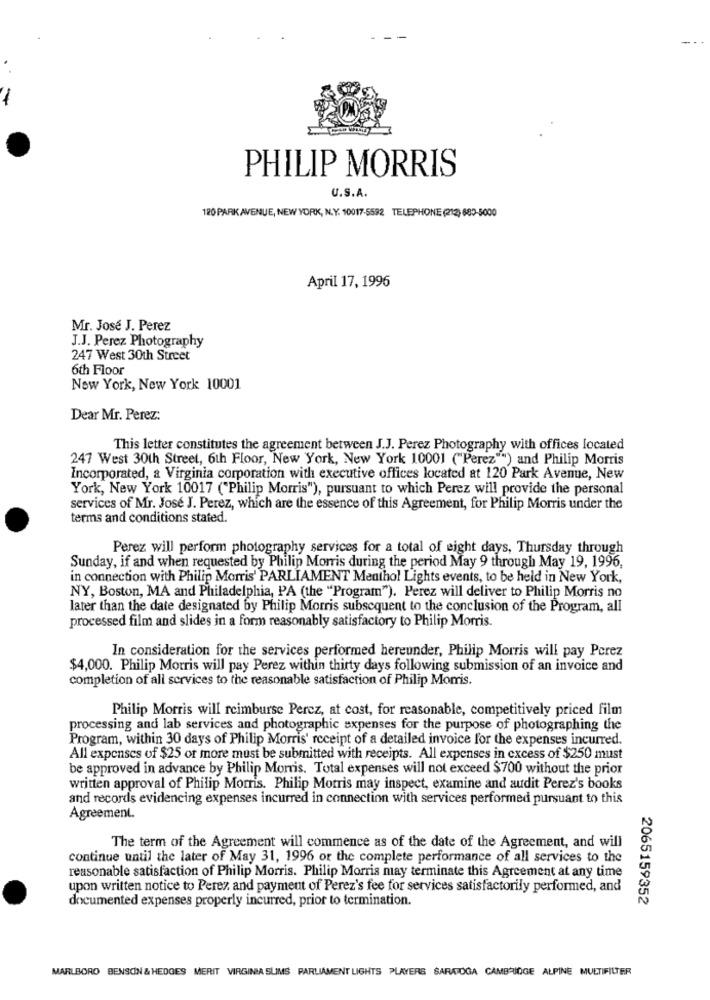
PHILIP MORRIS
U.S.A.
120 PARK AVENUE, NEW YORK, N.Y. 10017-5592 TELEPHONE (212) 880-5000
April 17, 1996
Mr. José J. Perez
J.J. Perez Photography
247 West 30th Street
6th Floor
New York, New York 10001
Dear Mr. Perez:
This letter constitutes the agreement between J.J. Perez Photography with offices located
247 West 30th Street, 6th Floor, New York, New York 10001 ("Perez"") and Philip Morris
Incorporated, a Virginia corporation with executive offices located at 120 Park Avenue, New
York, New York 10017 ("Philip Morris"), pursuant to which Perez will provide the personal
services of Mr. Jose J. Perez, which are the essence of this Agreement, for Philip Morris under the
terms and conditions stated.
Perez will perform photography services for a total of eight days, Thursday through
Sunday, if and when requested by Philip Morris during the period May 9 through May 19, 1996,
in connection with Philip Morris' PARLIAMENT Menthol Lights events, to be held in New York,
NY, Boston, MA and Philadelphia, PA (the "Program"). Perez will deliver to Philip Morris no
later than the date designated by Philip Morris subsequent to the conclusion of the Program, all
processed film and slides in a form reasonably satisfactory to Philip Morris.
In consideration for the services performed hereunder, Philip Morris will pay Perez
$4,000. Philip Morris will pay Perez within thirty days following submission of an invoice and
completion of all services to the reasonable satisfaction of Philip Morris.
Philip Morris will reimburse Perez, at cost, for reasonable, competitively priced film
processing and lab services and photographic expenses for the purpose of photographing the
Program, within 30 days of Philip Morris' receipt of a detailed invoice for the expenses incurred.
All expenses of $25 or more must be submitted with receipts. All expenses in excess of $250 must
be approved in advance by Philip Morris. Total expenses will not exceed $700 without the prior
written approval of Philip Morris. Philip Morris may inspect, examine and audit Perez's books
and records evidencing expenses incurred in connection with services performed pursuant to this
Agreement.
The term of the Agreement will commence as of the date of the Agreement, and will
continue until the later of May 31, 1996 or the complete performance of all services to the
reasonable satisfaction of Philip Morris. Philip Morris may terminate this Agreement at any time
upon written notice to Perez and payment of Perez's fee for services satisfactorily performed, and
documented expenses properly incurred, prior to termination.
2065159352
MARLBORO BENSON & HEDGES MERIT VIRGINIA SLIMS PARLIAMENT LIGHTS PLAYERS SARATOGA CAMBRIDGE ALPINE MULTIFILTER